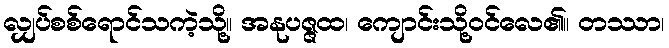
လျှပ်စစ်ရောင်သကဲ့သို့။ အနုပဇ္ဇထ၊ ကျောင်းသို့ဝင်လေ၏။ တဿာ၊